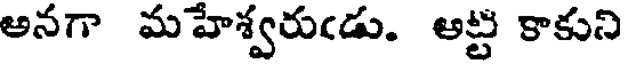
అనగా మహేశ్వరుఁడు. అట్ట కాకుని